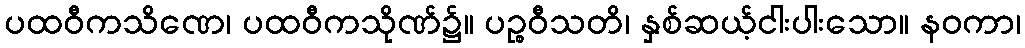
ပထဝီကသိဏေ၊ ပထဝီကသိုဏ်၌။ ပဉ္စဝီသတိ၊ နှစ်ဆယ့်ငါးပါးသော။ နဝကာ၊